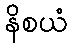
နိစယံ